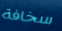
سخافة